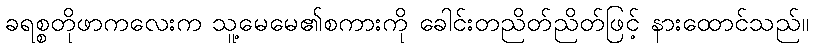
ခရစ္စတိုဖာကလေးက သူ့မေမေ၏စကားကို ခေါင်းတညိတ်ညိတ်ဖြင့် နားထောင်သည်။